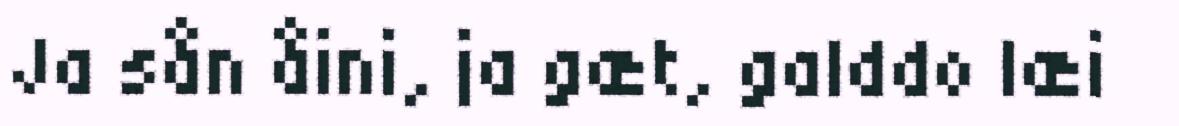
Ja sån åini, ja gæt, galddo læi